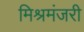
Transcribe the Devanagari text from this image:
मिश्रमंजरी